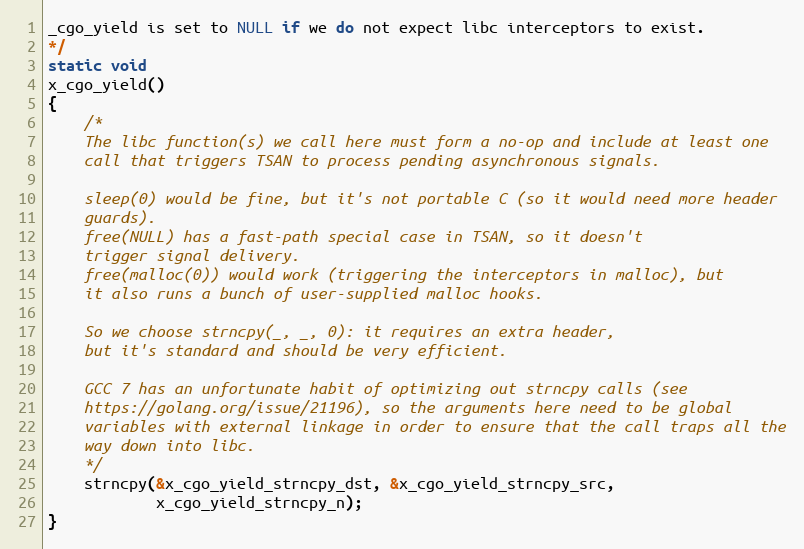
Language: C
_cgo_yield is set to NULL if we do not expect libc interceptors to exist.
*/
static void
x_cgo_yield()
{
	/*
	The libc function(s) we call here must form a no-op and include at least one
	call that triggers TSAN to process pending asynchronous signals.

	sleep(0) would be fine, but it's not portable C (so it would need more header
	guards).
	free(NULL) has a fast-path special case in TSAN, so it doesn't
	trigger signal delivery.
	free(malloc(0)) would work (triggering the interceptors in malloc), but
	it also runs a bunch of user-supplied malloc hooks.

	So we choose strncpy(_, _, 0): it requires an extra header,
	but it's standard and should be very efficient.

	GCC 7 has an unfortunate habit of optimizing out strncpy calls (see
	https://golang.org/issue/21196), so the arguments here need to be global
	variables with external linkage in order to ensure that the call traps all the
	way down into libc.
	*/
	strncpy(&x_cgo_yield_strncpy_dst, &x_cgo_yield_strncpy_src,
	        x_cgo_yield_strncpy_n);
}